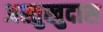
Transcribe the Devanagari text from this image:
अस्तुखुदास